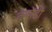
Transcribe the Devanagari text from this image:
क्योडो